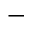
-